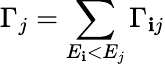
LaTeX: \Gamma_{j}=\sum_{E_{\mathbf{i}}<E_{j}}\Gamma_{\mathbf{i}j}